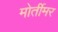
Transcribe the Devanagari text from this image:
मोर्तीमर